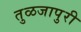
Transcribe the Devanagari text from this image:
तुळजापुरी